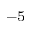
^ { - 5 }